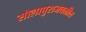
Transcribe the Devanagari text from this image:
सोलापुराजवळील